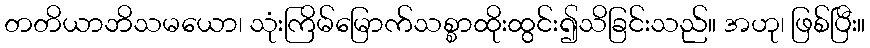
တတိယာဘိသမယော၊ သုံးကြိမ်မြောက်သစ္စာထိုးထွင်း၍သိခြင်းသည်။ အဟု၊ ဖြစ်ပြီး။